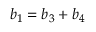
b _ { 1 } = b _ { 3 } + b _ { 4 }